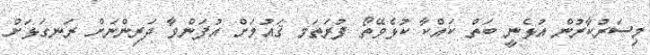
މިސަރުކާރުން އުޅެނީ ބަތް ކައްކާ ކުޅެވޭތޯ ފުރަތަމ ޤައުމަށް އުފަންވާ ދަރިންނަށް ރަނގަޅަށް